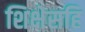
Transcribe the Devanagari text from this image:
शिक्षेसहि